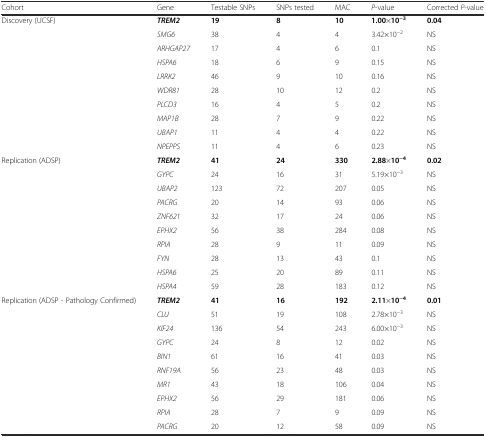
<table><thead><tr><td><b>Cohort</b></td><td><b>Gene</b></td><td><b>Testable SNPs</b></td><td><b>SNPs tested</b></td><td><b>MAC</b></td><td><b><i>P</i>-value</b></td><td><b>Corrected <i>P</i>-value</b></td></tr></thead><tbody><tr><td rowspan="10">Discovery (UCSF)</td><td><b><i>TREM2</i></b></td><td><b>19</b></td><td><b>8</b></td><td><b>10</b></td><td><b>1.00</b>×<b>10</b><sup><b>−3</b></sup></td><td><b>0.04</b></td></tr><tr><td><i>SMG6</i></td><td>38</td><td>4</td><td>4</td><td>3.42×10<sup>−2</sup></td><td>NS</td></tr><tr><td><i>ARHGAP27</i></td><td>17</td><td>4</td><td>6</td><td>0.1</td><td>NS</td></tr><tr><td><i>HSPA6</i></td><td>18</td><td>6</td><td>9</td><td>0.15</td><td>NS</td></tr><tr><td><i>LRRK2</i></td><td>46</td><td>9</td><td>10</td><td>0.16</td><td>NS</td></tr><tr><td><i>WDR81</i></td><td>28</td><td>10</td><td>12</td><td>0.2</td><td>NS</td></tr><tr><td><i>PLCD3</i></td><td>16</td><td>4</td><td>5</td><td>0.2</td><td>NS</td></tr><tr><td><i>MAP1B</i></td><td>28</td><td>7</td><td>9</td><td>0.22</td><td>NS</td></tr><tr><td><i>UBAP1</i></td><td>11</td><td>4</td><td>4</td><td>0.22</td><td>NS</td></tr><tr><td><i>NPEPPS</i></td><td>11</td><td>4</td><td>6</td><td>0.23</td><td>NS</td></tr><tr><td rowspan="10">Replication (ADSP)</td><td><b><i>TREM2</i></b></td><td><b>41</b></td><td><b>24</b></td><td><b>330</b></td><td><b>2.88</b>×<b>10</b><sup><b>−4</b></sup></td><td><b>0.02</b></td></tr><tr><td><i>GYPC</i></td><td>24</td><td>16</td><td>31</td><td>5.19×10<sup>−3</sup></td><td>NS</td></tr><tr><td><i>UBAP2</i></td><td>123</td><td>72</td><td>207</td><td>0.05</td><td>NS</td></tr><tr><td><i>PACRG</i></td><td>20</td><td>14</td><td>93</td><td>0.06</td><td>NS</td></tr><tr><td><i>ZNF621</i></td><td>32</td><td>17</td><td>24</td><td>0.06</td><td>NS</td></tr><tr><td><i>EPHX2</i></td><td>56</td><td>38</td><td>284</td><td>0.08</td><td>NS</td></tr><tr><td><i>RPIA</i></td><td>28</td><td>9</td><td>11</td><td>0.09</td><td>NS</td></tr><tr><td><i>FYN</i></td><td>28</td><td>13</td><td>43</td><td>0.1</td><td>NS</td></tr><tr><td><i>HSPA6</i></td><td>25</td><td>20</td><td>89</td><td>0.11</td><td>NS</td></tr><tr><td><i>HSPA4</i></td><td>59</td><td>28</td><td>183</td><td>0.12</td><td>NS</td></tr><tr><td rowspan="10">Replication (ADSP - Pathology Confirmed)</td><td><b><i>TREM2</i></b></td><td><b>41</b></td><td><b>16</b></td><td><b>192</b></td><td><b>2.11</b>×<b>10</b><sup><b>−4</b></sup></td><td><b>0.01</b></td></tr><tr><td><i>CLU</i></td><td>51</td><td>19</td><td>108</td><td>2.78×10<sup>−3</sup></td><td>NS</td></tr><tr><td><i>KIF24</i></td><td>136</td><td>54</td><td>243</td><td>6.00×10<sup>−3</sup></td><td>NS</td></tr><tr><td><i>GYPC</i></td><td>24</td><td>8</td><td>12</td><td>0.02</td><td>NS</td></tr><tr><td><i>BIN1</i></td><td>61</td><td>16</td><td>41</td><td>0.03</td><td>NS</td></tr><tr><td><i>RNF19A</i></td><td>56</td><td>23</td><td>48</td><td>0.03</td><td>NS</td></tr><tr><td><i>MR1</i></td><td>43</td><td>18</td><td>106</td><td>0.04</td><td>NS</td></tr><tr><td><i>EPHX2</i></td><td>56</td><td>29</td><td>181</td><td>0.06</td><td>NS</td></tr><tr><td><i>RPIA</i></td><td>28</td><td>7</td><td>9</td><td>0.09</td><td>NS</td></tr><tr><td><i>PACRG</i></td><td>20</td><td>12</td><td>58</td><td>0.09</td><td>NS</td></tr></tbody></table>